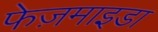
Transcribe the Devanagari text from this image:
फेज़माइडा